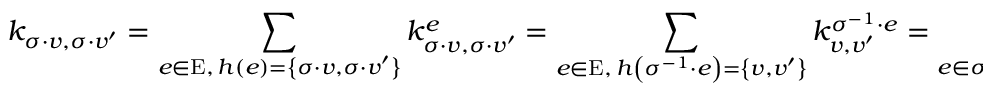
k _ { \sigma \cdot v , \sigma \cdot v ^ { \prime } } = \sum _ { \substack { e \in \mathrm { E } , \, h \left( e \right) = \left\{ \sigma \cdot v , \sigma \cdot v ^ { \prime } \right\} } } k _ { \sigma \cdot v , \sigma \cdot v ^ { \prime } } ^ { e } = \sum _ { \substack { e \in \mathrm { E } , \, h \left( \sigma ^ { - 1 } \cdot e \right) = \left\{ v , v ^ { \prime } \right\} } } k _ { v , v ^ { \prime } } ^ { \sigma ^ { - 1 } \cdot e } = \sum _ { \substack { e \in \sigma \cdot \mathrm { E } , \, h \left( e \right) = \left\{ v , v ^ { \prime } \right\} } } k _ { v , v ^ { \prime } } ^ { e } = \sum _ { \substack { e \in \mathrm { E } , \, h \left( e \right) = \left\{ v , v ^ { \prime } \right\} } } k _ { v , v ^ { \prime } } ^ { e }